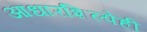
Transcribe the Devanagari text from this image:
आधारशिल्पेही